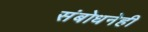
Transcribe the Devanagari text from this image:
संबोधनेही